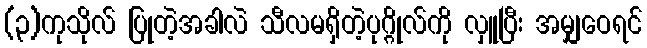
(၃)ကုသိုလ် ပြုတဲ့အခါလဲ သီလမရှိတဲ့ပုဂ္ဂိုလ်ကို လှူပြီး အမျှဝေရင်